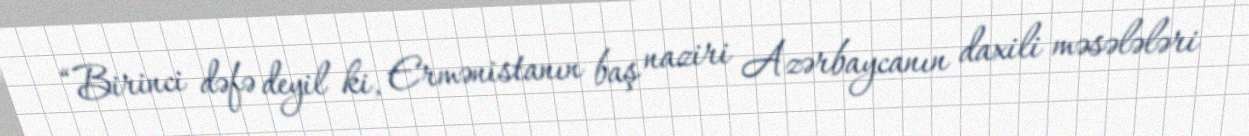
“Birinci dəfə deyil ki, Ermənistanın baş naziri Azərbaycanın daxili məsələləri